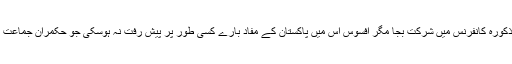
وزیراعظم نوازشریف کی مذکورہ کانفرنس میں شرکت بجا مگر افسوس اس میں پاکستان کے مفاد بارے کسی طور پر پیش رفت نہ ہوسکی جو حکمران جماعت کے لیے خفت کا باعث ہے۔